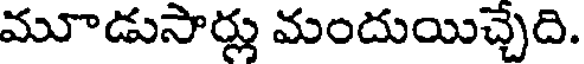
మూడుసార్లు మందుయిచ్చేది.